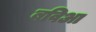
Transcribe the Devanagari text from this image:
बविआ